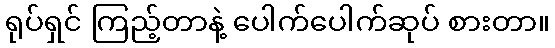
ရုပ်ရှင် ကြည့်တာနဲ့ ပေါက်ပေါက်ဆုပ် စားတာ။